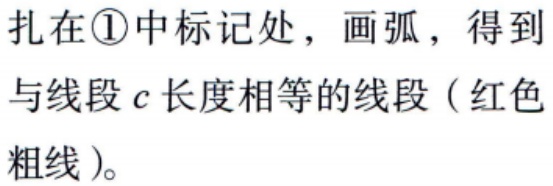
扎在\textcircled{1}中标记处，画弧，得到与线段\(c\)长度相等的线段（红色粗线）。